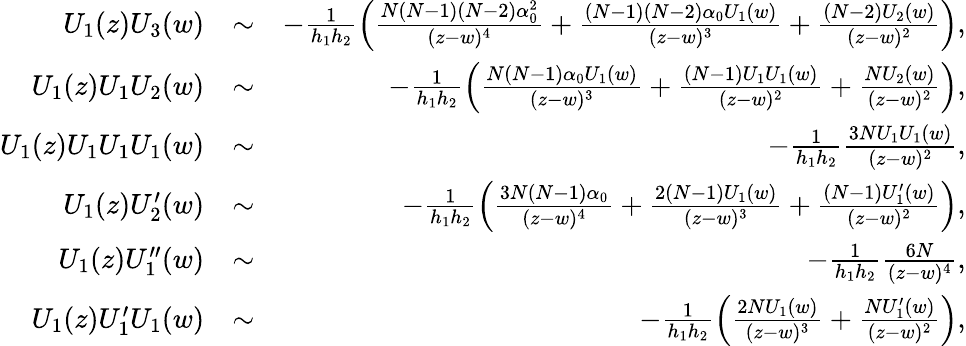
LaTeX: \begin{array}{rlr}{U_{1}(z)U_{3}(w)}&{\sim}&{-\frac{1}{h_{1}h_{2}}\left(\frac{N(N-1)(N-2)\alpha_{0}^{2}}{(z-w)^{4}}+\frac{(N-1)(N-2)\alpha_{0}U_{1}(w)}{(z-w)^{3}}+\frac{(N-2)U_{2}(w)}{(z-w)^{2}}\right),}\\ {U_{1}(z)U_{1}U_{2}(w)}&{\sim}&{-\frac{1}{h_{1}h_{2}}\left(\frac{N(N-1)\alpha_{0}U_{1}(w)}{(z-w)^{3}}+\frac{(N-1)U_{1}U_{1}(w)}{(z-w)^{2}}+\frac{NU_{2}(w)}{(z-w)^{2}}\right),}\\ {U_{1}(z)U_{1}U_{1}U_{1}(w)}&{\sim}&{-\frac{1}{h_{1}h_{2}}\frac{3NU_{1}U_{1}(w)}{(z-w)^{2}},}\\ {U_{1}(z)U_{2}^{\prime}(w)}&{\sim}&{-\frac{1}{h_{1}h_{2}}\left(\frac{3N(N-1)\alpha_{0}}{(z-w)^{4}}+\frac{2(N-1)U_{1}(w)}{(z-w)^{3}}+\frac{(N-1)U_{1}^{\prime}(w)}{(z-w)^{2}}\right),}\\ {U_{1}(z)U_{1}^{\prime\prime}(w)}&{\sim}&{-\frac{1}{h_{1}h_{2}}\frac{6N}{(z-w)^{4}},}\\ {U_{1}(z)U_{1}^{\prime}U_{1}(w)}&{\sim}&{-\frac{1}{h_{1}h_{2}}\left(\frac{2NU_{1}(w)}{(z-w)^{3}}+\frac{NU_{1}^{\prime}(w)}{(z-w)^{2}}\right),}\end{array}